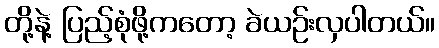
တို့နဲ့ ပြည့်စုံဖို့ကတော့ ခဲယဉ်းလှပါတယ်။